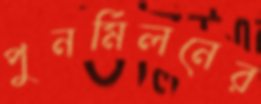
পুনর্মিলনের